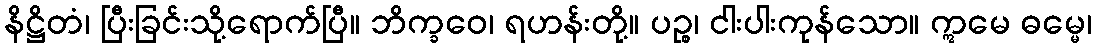
နိဋ္ဌိတံ၊ ပြီးခြင်းသို့ရောက်ပြီ။ ဘိက္ခဝေ၊ ရဟန်းတို့။ ပဉ္စ၊ ငါးပါးကုန်သော။ ဣမေ ဓမ္မေ၊